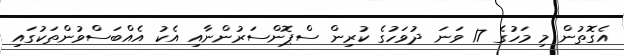
އެގޮތުން މި މަހުގެ 17 ވަނަ ދުވަހުގެ ކުރިން ސްޕޮންސަރުންނާއި އެކު އެއްބަސްވުންތަކުގައި